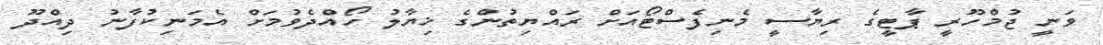
ވަނީ ޖުމްހޫރީ ޕާޓީގެ ރިޔާސީ މެނިފެސްޓޯއަށް ރައްޔިތުންގެ ޚިޔާލު ހޯއްދެވުމަށް އެމަނިކުފާނު ދިއްދޫ